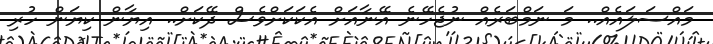
މައްސަލައެއް.. މަ ނަމްބަރެއް ނުޖެހޭނެ އޭނާއަށް އެކަކަށްވެސް ދޭކަށް.. އިޔާން ކިޔަން ހުރި